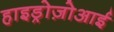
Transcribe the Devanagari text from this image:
हाइड्रोज़ोआई